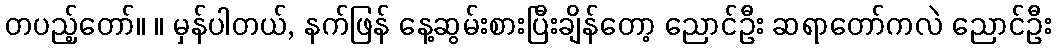
တပည့်တော်။ ။ မှန်ပါတယ်, နက်ဖြန် နေ့ဆွမ်းစားပြီးချိန်တော့ ညောင်ဦး ဆရာတော်ကလဲ ညောင်ဦး